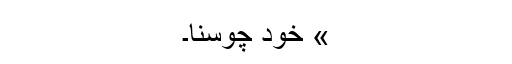
» خود چوسنا۔